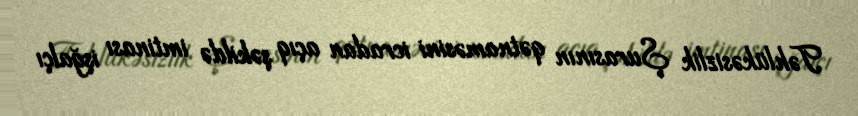
Təhlükəsizlik Şurasının qətnaməsini icradan açıq şəkildə imtinası işğalçı